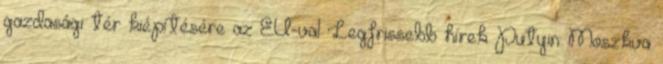
gazdasági tér kiépítésére az EU-val Legfrissebb hírek Putyin: Moszkva